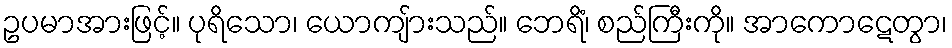
ဥပမာအားဖြင့်။ ပုရိသော၊ ယောကျ်ားသည်။ ဘေရိံ၊ စည်ကြီးကို။ အာကောဋေတွာ၊